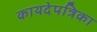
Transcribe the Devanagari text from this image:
कायदेपत्रिका